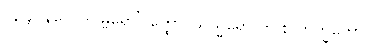
၇၃၄။ နဂ္ဂေါ ဒိဂမ္ဗရော’ဝတ္ထော၊ ဃသ္မရော တု စ ဘက္ခကော။